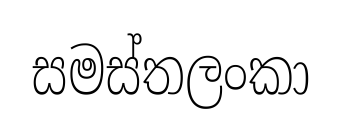
සමස්තලංකා